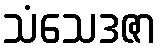
သံသေဒဇာ